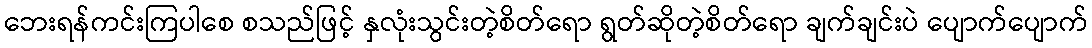
ဘေးရန်ကင်းကြပါစေ စသည်ဖြင့် နှလုံးသွင်းတဲ့စိတ်ရော ရွတ်ဆိုတဲ့စိတ်ရော ချက်ချင်းပဲ ပျောက်ပျောက်